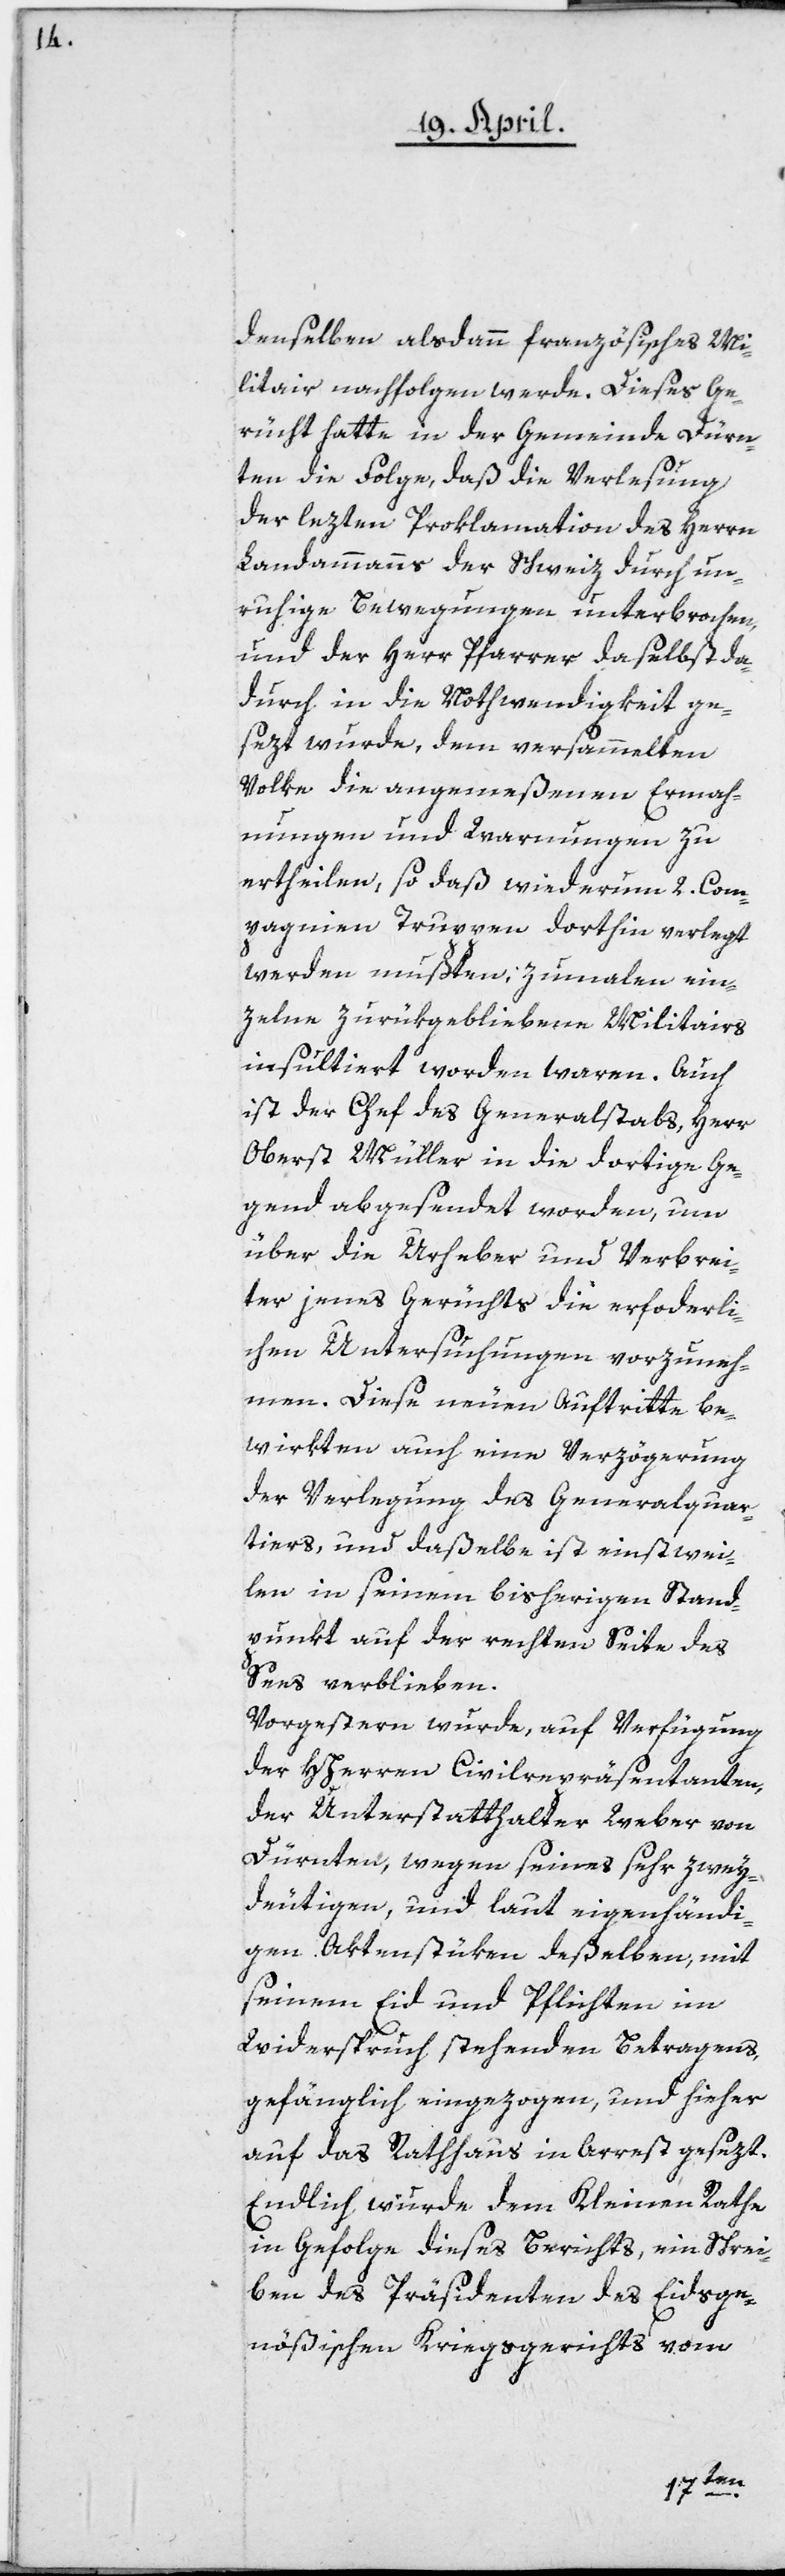
denselben alsdann französisches Mi¬
litair nachfolgen werde. Dieses G¬
rücht hatte in der Gemeinde Dürn¬
ten die Folge, daß die Verlesung
der lezten Proklamation des Herrn
Landammanns der Schweiz durch un¬
ruhige Bewegungen unterbrochen,
und der Herr Pfarrer daselbst da¬
durch in die Nothwendigkeit ge¬
sezt wurde, dem versammelten
Volke die angemeßenen Ermah¬
nungen und Warnungen zu
ertheilen, so daß wiederum 2. Com¬
pagnien Truppen dorthin verlegt
werden mußten, zumalen ein¬
zelne zurückgebliebene Militairs
insultiert worden waren. Auch
ist der Chef des Generalstabs, Herr
Oberst Müller in die dortige Ge¬
gend abgesendet worden, um
über die Urheber und Verbrei¬
ter jenes Gerüchts die erforderli¬
chen Untersuchungen vorzuneh¬
men. Diese neuen Auftritte be¬
wirkten auch eine Verzögerung
der Verlegung des Generalquar¬
tiers, und daßelbe ist einstwei¬
len in seinem bisherigen Stand¬
punkt auf der rechten Seite des
Sees verblieben.
Vorgestern wurde, auf Verfügung
des HHerrn Civilrepräsentanten,
der Unterstatthalter Weber von
Dürnten, wegen seines sehr zwey¬
deutigen, und laut eigenhändi¬
gen Aktenstüken deßelben, mit
seinem Eid und Pflichten im
Widerspruch stehenden Betragens,
gefänglich eingezogen, und hieher
auf das Rathhaus in Arrest gesezt.
Endlich wurde dem Kleinen Rathe
in Gefolge dieses Berichts, ein Schrei¬
ben des Präsidenten des Eidsge¬
nößischen Kriegsgerichts vom